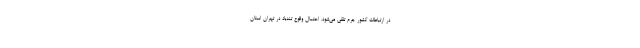
در ارتباطات کشور جرم تلقی می‌شود. احتمال وقوع تندباد در تهران استان